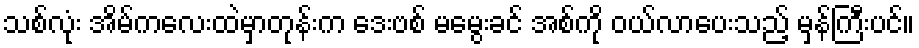
သစ်လုံး အိမ်ကလေးထဲမှာတုန်းက ဒေးဗစ် မမွေးခင် အစ်ကို ဝယ်လာပေးသည့် မှန်ကြီးပင်။